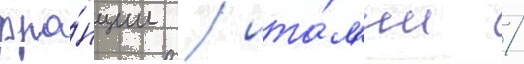
фра́нции / ита́л'ии /